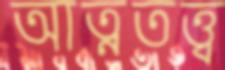
আত্নতত্ত্ব